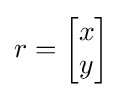
r={\begin{bmatrix}x\\y\end{bmatrix}}